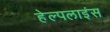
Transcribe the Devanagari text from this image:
हेल्पलाइंस